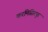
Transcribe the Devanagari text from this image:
करमिसिरपुर